Scottish Leaving Certificate Examination, 1961
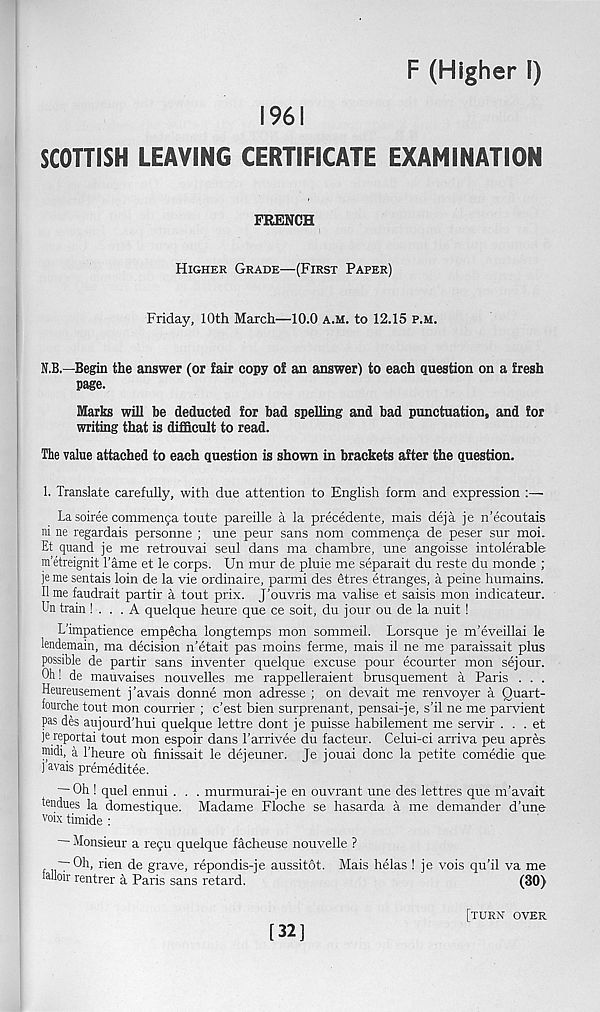
F (Higher I)
1961
SCOTTISH LEAVING CERTIFICATE EXAMINATION
FRENCH
Higher Grade—(First Paper)
Friday, 10th March—10.0 A.M. to 12.15 p.m.
N.B.—Begin the answer (or fair copy of an answer) to each question on a fresh
page.
Marks will he deducted for had spelling and bad punctuation, and for
writing that is difficult to read.
The value attached to each question is shown in brackets after the question.
1. Translate carefully, with due attention to English form and expression :—
La soiree commenga toute pareille a la precedente, mais deja je n’ecoutais
ni ne regardais personne ; une peur sans nom commenfa de peser sur moi.
Et quand je me retrouvai seul dans ma chambre, une angoisse intolerable
m’etreignit Tame et le corps. Un mur de pluie me separait du reste du monde ;
je me sentais loin de la vie ordinaire, parmi des eitres etranges, a peine humains.
II me faudrait partir a tout prix. J'ouvris ma valise et saisis mon indicateur.
Un train ! . . .A quelque heure que ce soit, du jour ou de la nuit!
L’impatience empficha longtemps mon sommeil. Lorsque je m'eveillai le
lendemain, ma decision n’etait pas moins ferme, mais il ne me paraissait plus
possible de partir sans inventer quelque excuse pour ecourter mon sejour.
Oh! de mauvaises nouvelles me rappelleraient brusquement a Paris . . .
Heureusement j’avals donne mon adresse ; on devait me renvoyer a Quart-
fourche tout mon courrier ; c’est bien surprenant, pensai-je, s’il ne me parvient
pas des aujourd’hui quelque lettre dont je puisse habilement me servir . . . et
je reportai tout mon espoir dans I’arrivee du facteur. Celui-ci arriva peu apres
midi, a Theure oil finissait le dejeuner. Je jouai done la petite comedie que
j avais premeditee.
— Oh ! quel ennui . . . murmurai-je en ouvrant une des lettres que m’avait
tendues la domestique. Madame Floche se hasarda a me demander d’une
voix timide :
Monsieur a repu quelque facheuse nouvelle ?
— Oh, rien de grave, repondis-je aussitot. Mais helas 1 je vois qu’il va me
aUoir rentier a Paris sans retard.
(30)
[32]
[turn over